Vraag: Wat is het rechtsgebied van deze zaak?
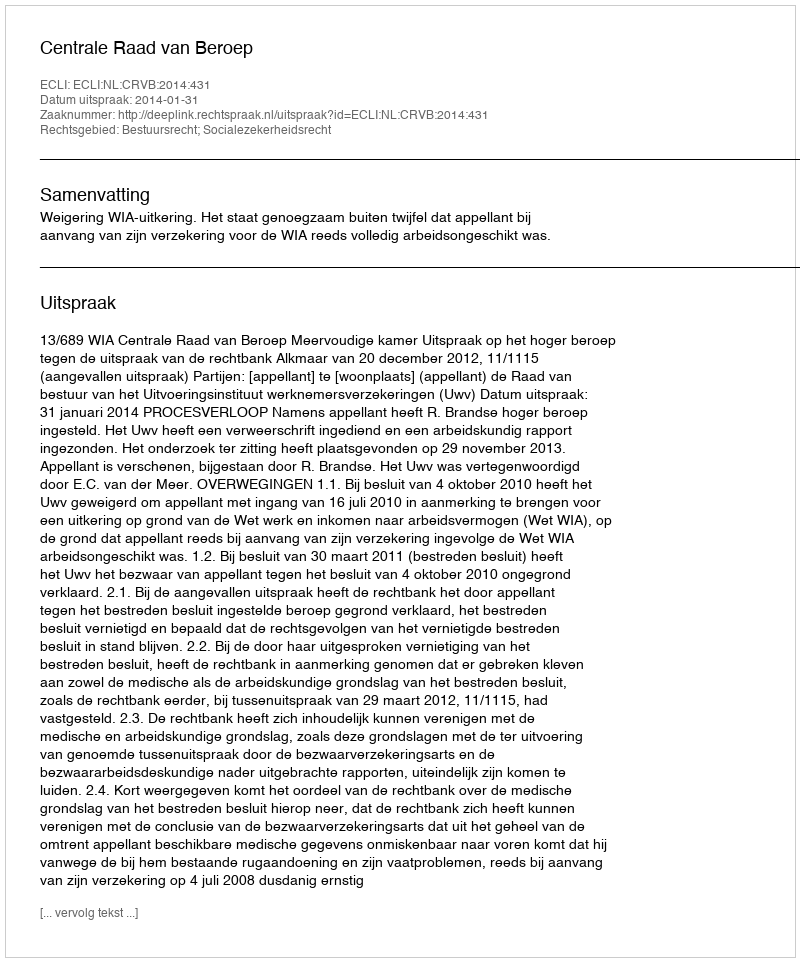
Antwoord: Bestuursrecht; Socialezekerheidsrecht